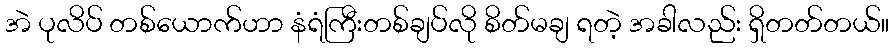
အဲ ပုလိပ် တစ်ယောက်ဟာ နံရံကြီးတစ်ချပ်လို စိတ်မချ ရတဲ့ အခါလည်း ရှိတတ်တယ်။